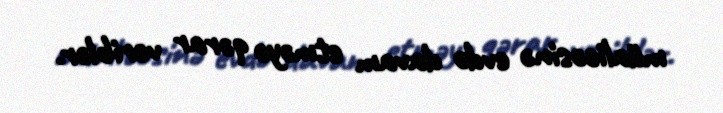
müalicəsinə evdə davam etməyə qərar veriblər.